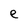
Character: e